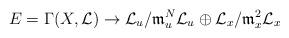
LaTeX: \begin{align*}E=\Gamma(X,{\cal L})\to {\cal L}_{u}/{\mathfrak m}_{u}^N{\cal L}_{u}\oplus{\cal L}_x/{\mathfrak m}_x^2{\cal L}_x\end{align*}